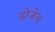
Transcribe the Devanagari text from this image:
डोजेज